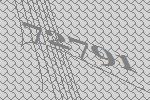
72791